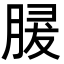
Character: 𦜺